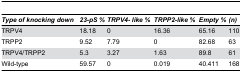
<table><thead><tr><td><b><i>Type</i><i></i><i>of</i><i></i><i>knocking</i><i></i><i>down</i></b></td><td><b><i>23-pS</i><i></i><i>%</i></b></td><td><b><i>TRPV4</i><i>- like %</i></b></td><td><b><i>TRPP2-like</i><i></i><i>%</i></b></td><td><b><i>Empty</i><i></i><i>%</i></b></td><td><b><i>(</i><i>n</i><i>)</i></b></td></tr></thead><tbody><tr><td>TRPV4</td><td>18.18</td><td>0</td><td>16.36</td><td>65.16</td><td>110</td></tr><tr><td>TRPP2</td><td>9.52</td><td>7.79</td><td>0</td><td>82.68</td><td>63</td></tr><tr><td>TRPV4/TRPP2</td><td>5.3</td><td>3.27</td><td>1.63</td><td>89.8</td><td>61</td></tr><tr><td>Wild-type</td><td>59.57</td><td>0</td><td>0.019</td><td>40.411</td><td>168</td></tr></tbody></table>